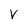
Character: V